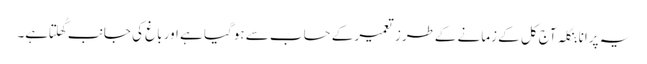
یہ پرانا بنگلہ آج کل کے زمانے کےطرزِ تعمیر کے حساب سے ہوگیا ہے اور باغ کی جانب کُھلتا ہے۔